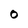
Character: 0